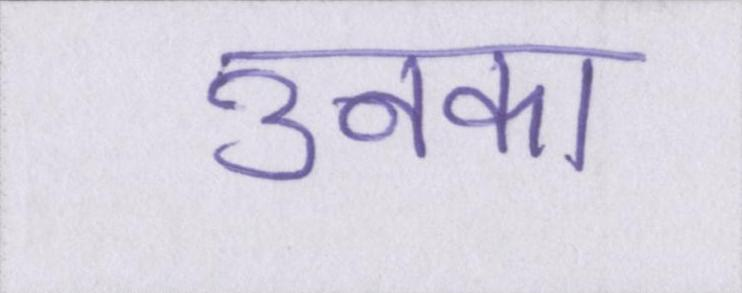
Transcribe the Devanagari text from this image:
उनका